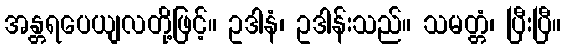
အန္တရပေယျလတို့ဖြင့်။ ဥဒါနံ၊ ဥဒါန်းသည်။ သမတ္တံ၊ ပြီးပြီ။